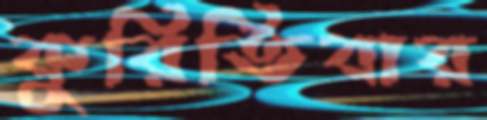
কুরিতিবার